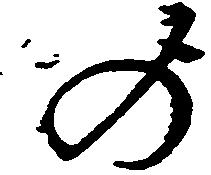
の